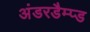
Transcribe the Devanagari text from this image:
अंडरडैम्प्ड